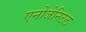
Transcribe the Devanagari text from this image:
एनोजेनिटल